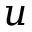
u